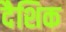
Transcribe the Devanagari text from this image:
दैशिक